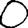
Digit: 0